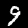
Digit: 9